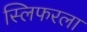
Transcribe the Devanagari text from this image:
स्लिफरला